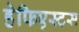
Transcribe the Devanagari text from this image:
हेफिएस्टस